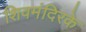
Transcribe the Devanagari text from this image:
शिवमंदिरके